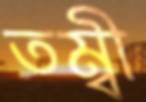
তম্বী